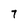
Character: 7